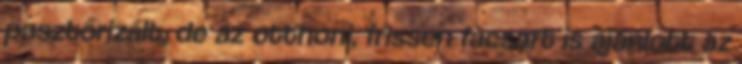
pasztőrizált, de az otthoni, frissen facsart is ajánlott az